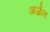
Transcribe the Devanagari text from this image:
अर्ज़ल